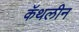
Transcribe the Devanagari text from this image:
कॅथलीन